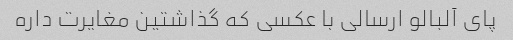
پای آلبالو ارسالی با عکسی که گذاشتین مغایرت داره